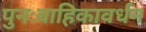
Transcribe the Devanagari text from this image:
पुनःवाहिकावर्धन